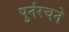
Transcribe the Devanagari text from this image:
पुर्नरचने